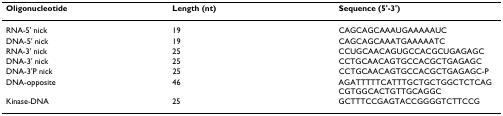
| Oligonucleotide | Length (nt) | Sequence (5'-3') |
 | --- | --- | --- |
 | RNA-5' nick | 19 | CAGCAGCAAAUGAAAAAUC |
 | DNA-5' nick | 19 | CAGCAGCAAATGAAAAATC |
 | RNA-3' nick | 25 | CCUGCAACAGUGCCACGCUGAGAGC |
 | DNA-3' nick | 25 | CCTGCAACAGTGCCACGCTGAGAGC |
 | DNA-3'P nick | 25 | CCTGCAACAGTGCCACGCTGAGAGC-P |
 | DNA-opposite | 46 | AGATTTTTCATTTGCTGCTGGCTCTCAGCGTGGCACTGTTGCAGGC |
 | Kinase-DNA | 25 | GCTTTCCGAGTACCGGGGTCTTCCG |